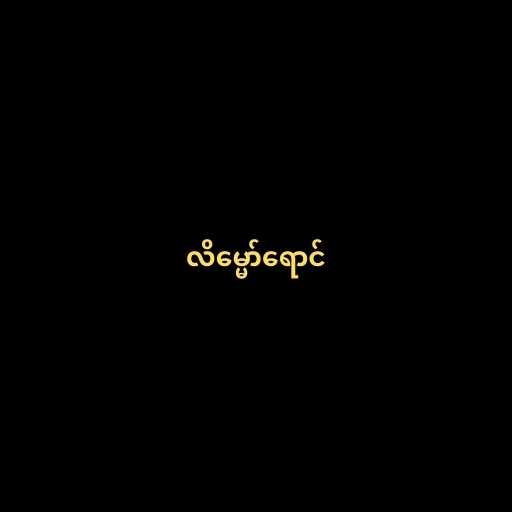
လိမ္မော်ရောင်